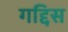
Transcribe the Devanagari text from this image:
गद्दिस